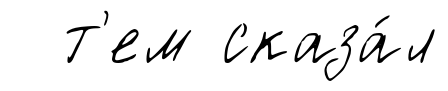
т'ем сказа́л